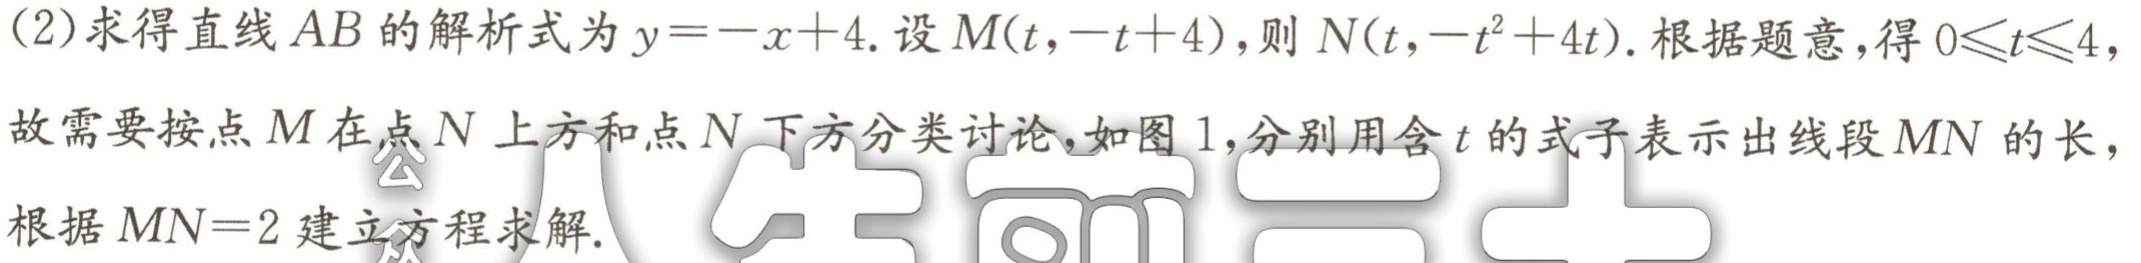
(2)求得直线\(AB\)的解析式为\(y = -x + 4\).设\(M(t,-t + 4)\),则\(N(t,-t^{2}+4t)\).根据题意,得\(0\leqslant t\leqslant4\),故需要按点\(M\)在点\(N\)上方和点\(N\)下方分类讨论,如图1,分别用含\(t\)的式子表示出线段\(MN\)的长,根据\(MN = 2\)建立方程求解.